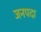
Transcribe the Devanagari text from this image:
जनपदा